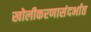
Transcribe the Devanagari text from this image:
खोलीकरणासंदर्भात